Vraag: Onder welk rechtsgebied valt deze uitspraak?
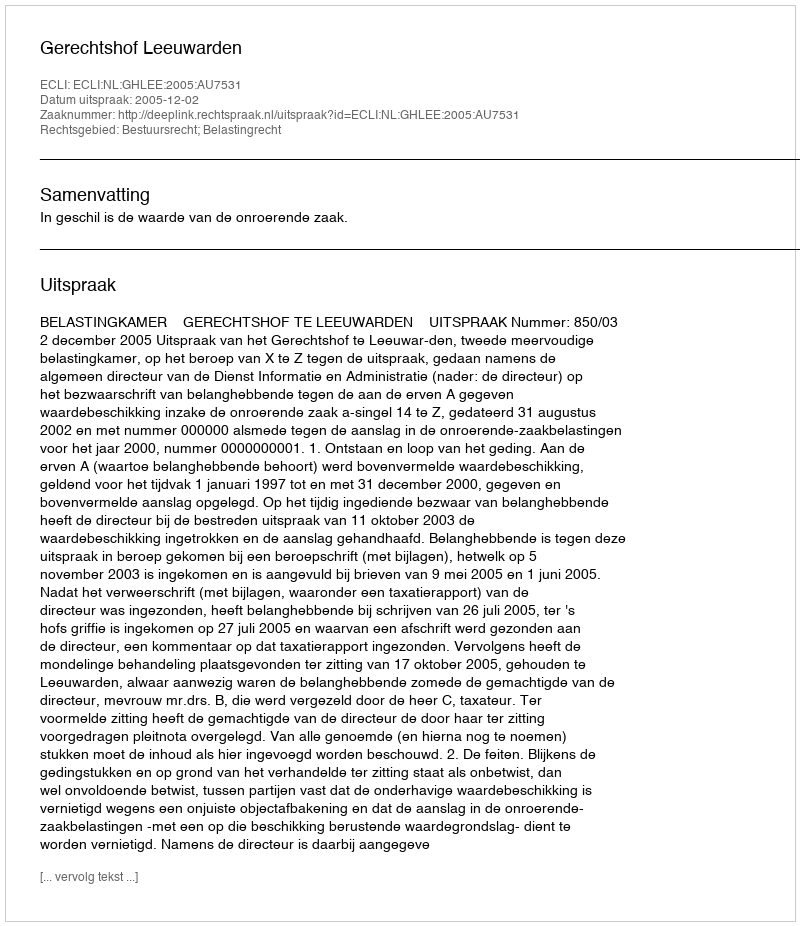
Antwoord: Bestuursrecht; Belastingrecht